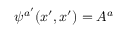
\psi ^ { a ^ { \prime } } ( x ^ { \prime } , x ^ { \prime } ) = A ^ { a }